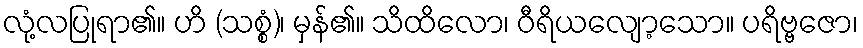
လုံ့လပြုရာ၏။ ဟိ (သစ္စံ)၊ မှန်၏။ သိထိလော၊ ဝီရိယလျော့သော။ ပရိဗ္ဗဇော၊